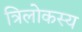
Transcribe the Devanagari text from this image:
त्रिलोकस्य